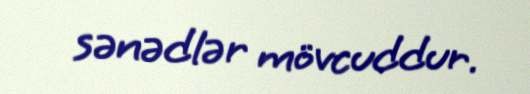
sənədlər mövcuddur.